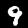
Digit: 9